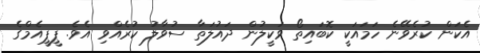
އެކަން ކުރެވޭނެ ހަމައަކީ ކޮބައިތޯ ވަކީލުން ދައުލަތާ ސުވާލު ކުރެއްވި އެވެ. ޕީޕީއެމްގެ